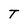
Character: T